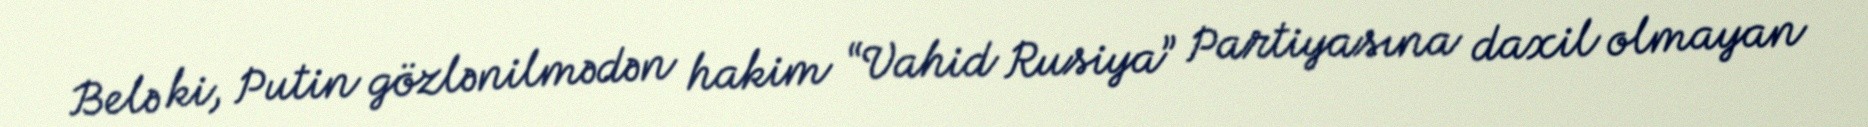
Belə ki, Putin gözlənilmədən hakim “Vahid Rusiya” Partiyasına daxil olmayan